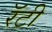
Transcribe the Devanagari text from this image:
रॅटी